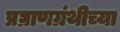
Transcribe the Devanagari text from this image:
प्रघ्राणग्रंथीच्या